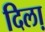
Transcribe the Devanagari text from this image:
दिला़